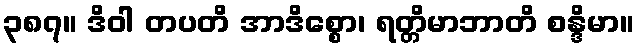
၃၈၇။ ဒိဝါ တပတိ အာဒိစ္စော၊ ရတ္တိမာဘာတိ စန္ဒိမာ။